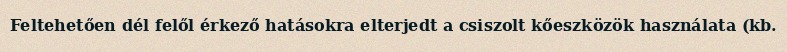
Feltehetően dél felől érkező hatásokra elterjedt a csiszolt kőeszközök használata (kb.